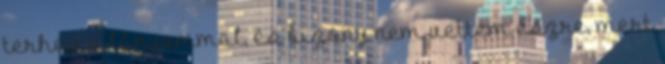
terhes a lányommal, és bizony nem vettem észre, mert